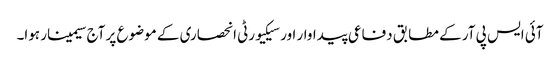
آئی ایس پی آر کے مطابق دفاعی پیداوار اور سیکیورٹی انحصاری کے موضوع پر آج سیمینار ہوا۔